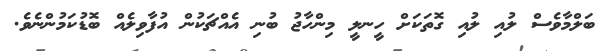
ބަލްމާވެސް ލުއި ލުއި ގޮތަކަށް ހީނލީ މިންހާޖު ބުނި އެއްޗަކުން އުފާވިލެއް ބޮޑުކަމުންނެވެ.